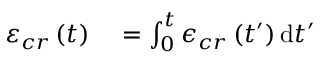
\begin{array} { r l } { \varepsilon _ { c r } \left( t \right) } & { { } = \int _ { 0 } ^ { t } \epsilon _ { c r } \left( t ^ { \prime } \right) \mathrm { d } t ^ { \prime } } \end{array}